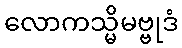
လောကသ္မိမဗ္ဗုဒံ